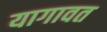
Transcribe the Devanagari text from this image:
यागावत